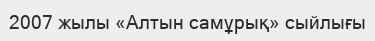
2007 жылы «Алтын самұрық» сыйлығы